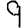
Digit: 9